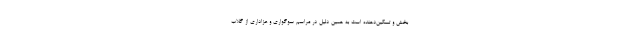
بخش و تسکین‌دهنده است به همین دلیل در مراسم سوگواری و عزاداری از گلاب